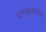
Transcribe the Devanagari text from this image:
धनचुव्यापेक्षा